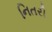
નિતરી